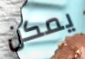
يمكن